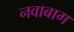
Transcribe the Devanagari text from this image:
नवाबाग